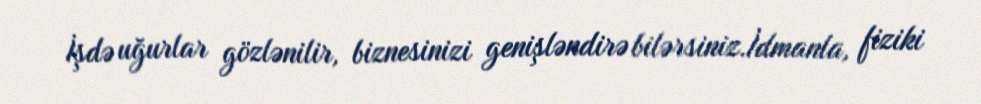
İşdə uğurlar gözlənilir, biznesinizi genişləndirə bilərsiniz.İdmanla, fiziki